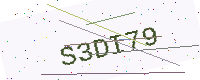
Text: S3DI79